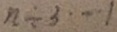
n \div 3 \cdots 1